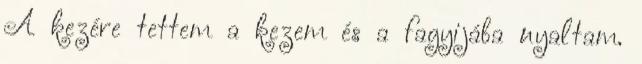
A kezére tettem a kezem és a fagyijába nyaltam.